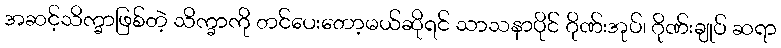
အဆင့်သိက္ခာဖြစ်တဲ့ သိက္ခာကို တင်ပေးတော့မယ်ဆိုရင် သာသနာပိုင် ဂိုဏ်းအုပ်၊ ဂိုဏ်းချုပ် ဆရာ